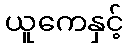
ယူကေနှင့်